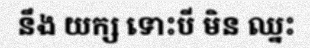
នឹង យក្ស ទោះបី មិន ឈ្នះ